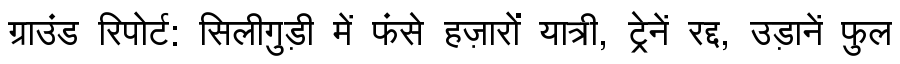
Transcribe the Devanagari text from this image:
ग्राउंड रिपोर्ट: सिलीगुड़ी में फंसे हज़ारों यात्री, ट्रेनें रद्द, उड़ानें फुल